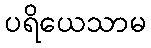
ပရိယေသာမ